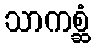
သာကစ္ဆံ